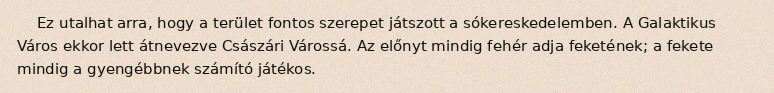
Ez utalhat arra, hogy a terület fontos szerepet játszott a sókereskedelemben. A Galaktikus Város ekkor lett átnevezve Császári Várossá. Az előnyt mindig fehér adja feketének; a fekete mindig a gyengébbnek számító játékos.